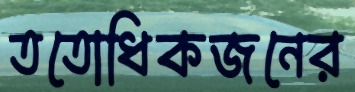
ততোধিকজনের